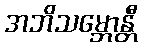
အဘိသမ္ဘောန္တီ